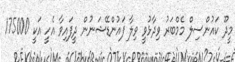
މީދޫ ކައުންސިލް މެމްބަރު ވިދާޅުވީ ވިލާ ފައުންޑޭޝަނުން ދީފައިވާ އެހީ އަކީ 175000